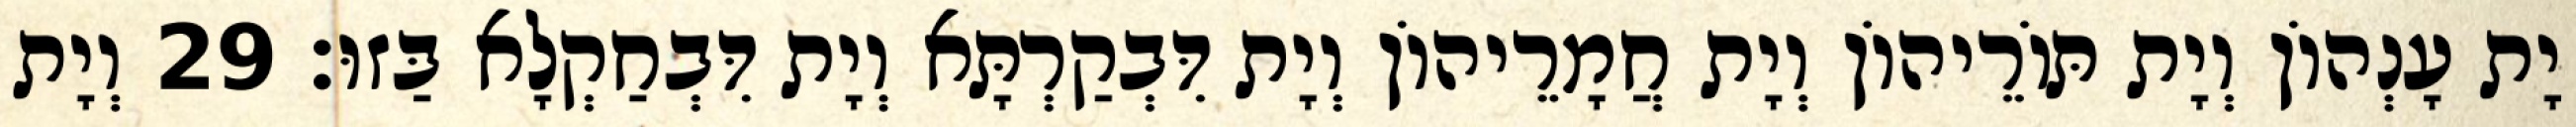
יָת עָנְהוֹן וְיָת תּוֹרֵיהוֹן וְיָת חֲמָרֵיהוֹן וְיָת דִּבְקַרְתָּא וְיָת דִּבְחַקְלָא בַּזוּ׃ 29 וְיָת